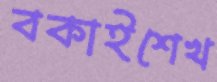
বকাইশেখ